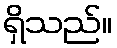
ရှိသည်။